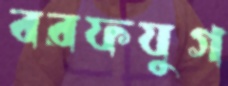
বরফযুগ